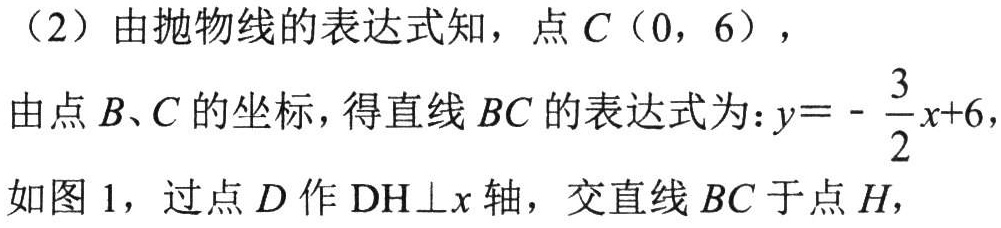
（2）由抛物线的表达式知，点\(C(0,6)\)，
由点\(B、C\)的坐标，得直线\(BC\)的表达式为：\(y = -\frac{3}{2}x + 6\)，
如图 1，过点\(D\)作\(DH\perp x\)轴，交直线\(BC\)于点\(H\)，